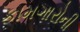
કામગારોની